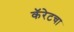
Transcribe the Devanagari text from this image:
कॅरेटचा